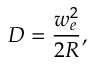
D = \frac { w _ { e } ^ { 2 } } { 2 R } ,